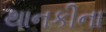
થાનકીના